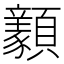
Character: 𩕺